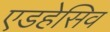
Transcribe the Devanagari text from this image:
एडहेसिव